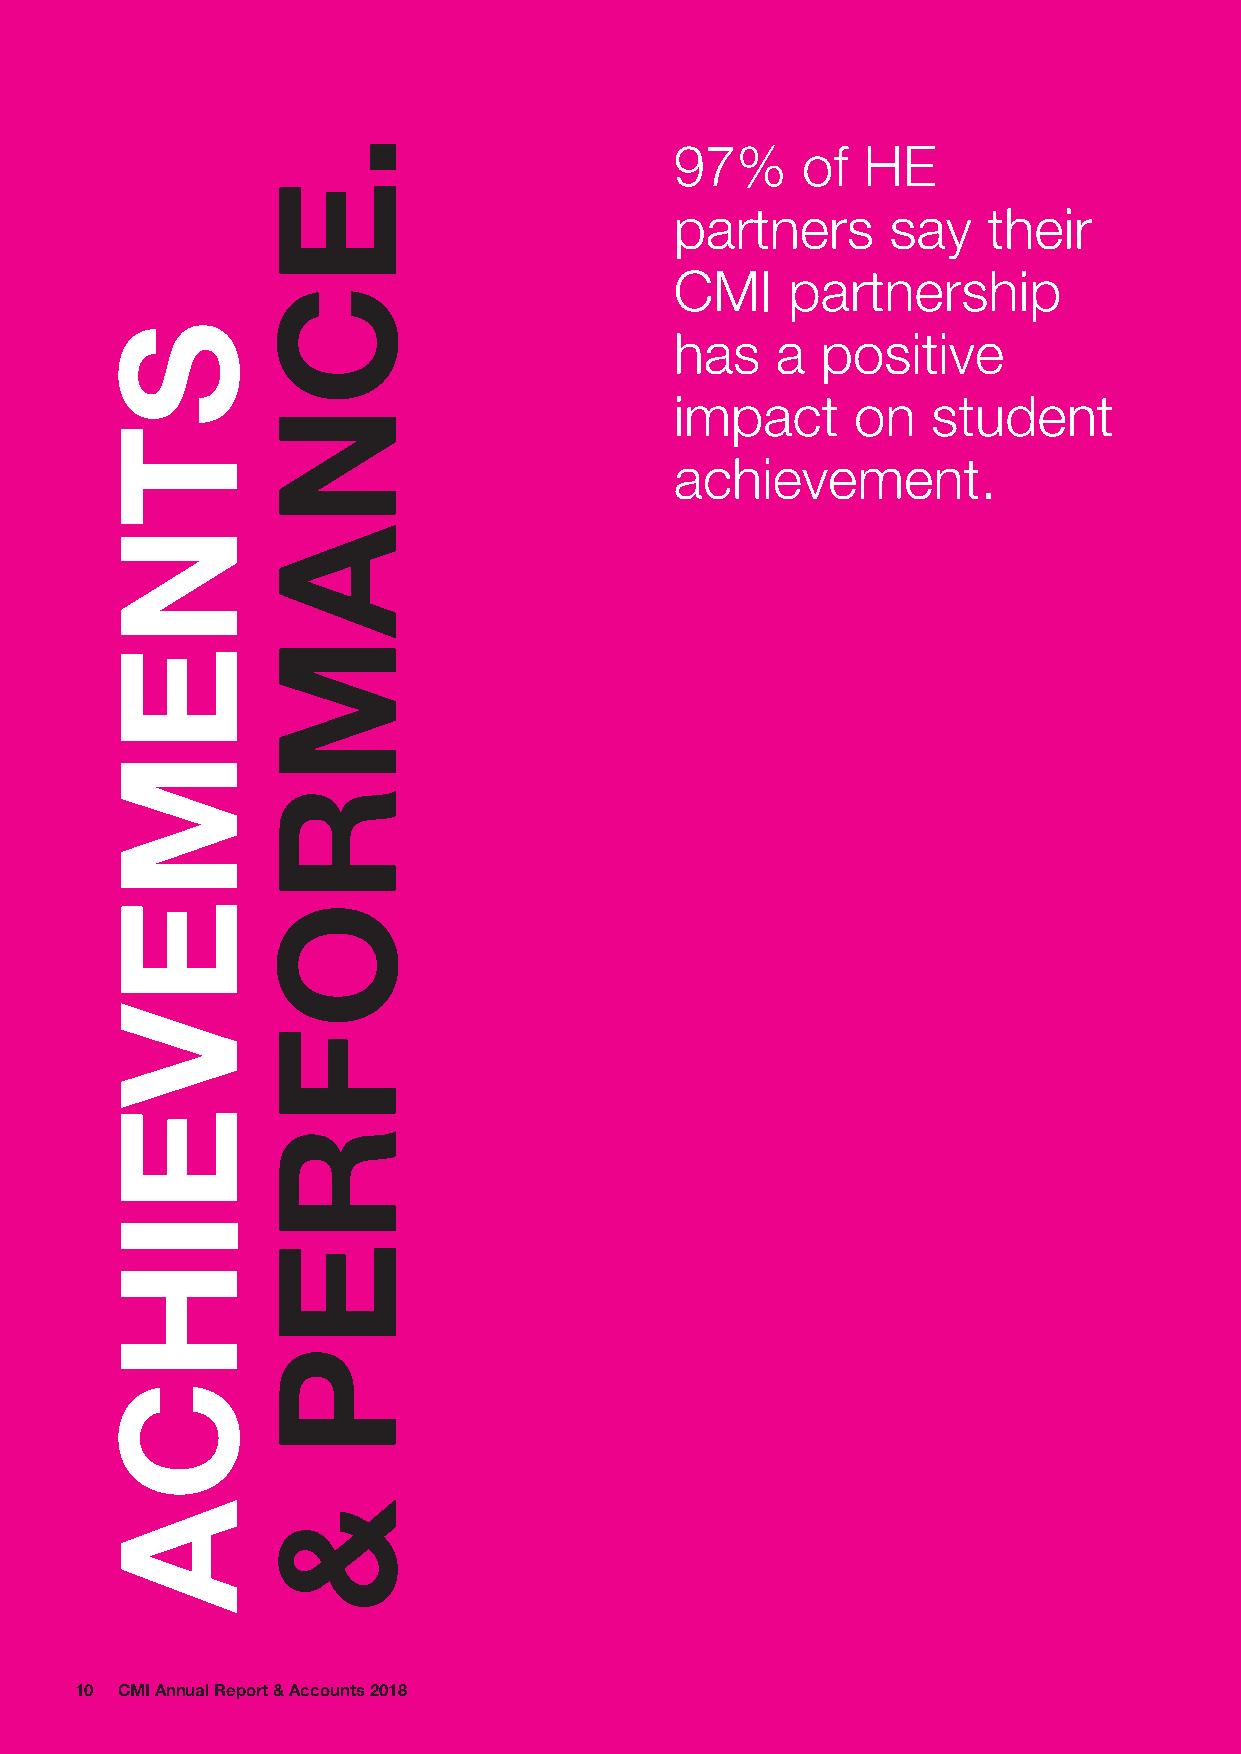
97%     of  HE
 partners      say   their
 CMI    partnership
 has   a  positive
 impact      on   student
 achievement.
 1100 CCMMII AAnnnnuuaall RReeppoorrtt && AAccccoouunnttss 22001188
 STNEMEVEIHCA
 .ECNAMROFREP
 &